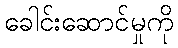
ခေါင်းဆောင်မှုကို